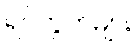
ရပ်ကွက်များ